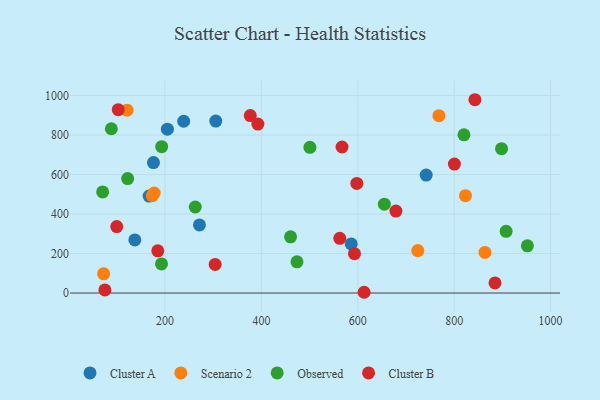
{"axis": {"x": "Engine Size", "y": "Sales"}, "legend": ["Cluster A", "Cluster B", "Observed", "Scenario 2"], "data": [{"x": "238.7", "y": 869.9, "type": "Cluster A"}, {"x": "271.4", "y": 344.8, "type": "Cluster A"}, {"x": "204.9", "y": 829.8, "type": "Cluster A"}, {"x": "305.3", "y": 870.8, "type": "Cluster A"}, {"x": "137.3", "y": 268.8, "type": "Cluster A"}, {"x": "586.3", "y": 248.4, "type": "Cluster A"}, {"x": "167.0", "y": 490.8, "type": "Cluster A"}, {"x": "741.9", "y": 597.1, "type": "Cluster A"}, {"x": "176.0", "y": 660.6, "type": "Cluster A"}, {"x": "72.6", "y": 97.0, "type": "Scenario 2"}, {"x": "724.5", "y": 215.2, "type": "Scenario 2"}, {"x": "177.5", "y": 506.0, "type": "Scenario 2"}, {"x": "121.3", "y": 926.1, "type": "Scenario 2"}, {"x": "768.3", "y": 898.0, "type": "Scenario 2"}, {"x": "863.9", "y": 205.4, "type": "Scenario 2"}, {"x": "173.7", "y": 493.7, "type": "Scenario 2"}, {"x": "823.4", "y": 493.2, "type": "Scenario 2"}, {"x": "88.6", "y": 832.0, "type": "Observed"}, {"x": "193.0", "y": 740.9, "type": "Observed"}, {"x": "951.9", "y": 239.0, "type": "Observed"}, {"x": "500.6", "y": 737.7, "type": "Observed"}, {"x": "898.3", "y": 730.8, "type": "Observed"}, {"x": "655.1", "y": 449.7, "type": "Observed"}, {"x": "907.8", "y": 312.6, "type": "Observed"}, {"x": "70.5", "y": 511.8, "type": "Observed"}, {"x": "473.8", "y": 157.8, "type": "Observed"}, {"x": "122.4", "y": 579.5, "type": "Observed"}, {"x": "460.5", "y": 284.5, "type": "Observed"}, {"x": "820.3", "y": 800.9, "type": "Observed"}, {"x": "262.7", "y": 435.6, "type": "Observed"}, {"x": "192.7", "y": 147.2, "type": "Observed"}, {"x": "102.9", "y": 928.4, "type": "Cluster B"}, {"x": "304.0", "y": 145.0, "type": "Cluster B"}, {"x": "598.0", "y": 555.0, "type": "Cluster B"}, {"x": "843.0", "y": 978.9, "type": "Cluster B"}, {"x": "75.2", "y": 15.6, "type": "Cluster B"}, {"x": "800.5", "y": 652.9, "type": "Cluster B"}, {"x": "567.3", "y": 739.6, "type": "Cluster B"}, {"x": "392.7", "y": 855.7, "type": "Cluster B"}, {"x": "562.6", "y": 277.1, "type": "Cluster B"}, {"x": "679.1", "y": 415.0, "type": "Cluster B"}, {"x": "376.9", "y": 898.4, "type": "Cluster B"}, {"x": "185.0", "y": 213.5, "type": "Cluster B"}, {"x": "613.1", "y": 3.8, "type": "Cluster B"}, {"x": "99.8", "y": 336.4, "type": "Cluster B"}, {"x": "593.1", "y": 199.4, "type": "Cluster B"}, {"x": "884.7", "y": 51.3, "type": "Cluster B"}]}